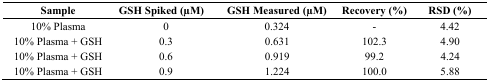
<table><thead><tr><td><b>Sample</b></td><td><b>GSH Spiked (μM)</b></td><td><b>GSH Measured (μM)</b></td><td><b>Recovery (%)</b></td><td><b>RSD (%)</b></td></tr></thead><tbody><tr><td>10% Plasma</td><td>0</td><td>0.324</td><td>-</td><td>4.42</td></tr><tr><td>10% Plasma + GSH</td><td>0.3</td><td>0.631</td><td>102.3</td><td>4.90</td></tr><tr><td>10% Plasma + GSH</td><td>0.6</td><td>0.919</td><td>99.2</td><td>4.24</td></tr><tr><td>10% Plasma + GSH</td><td>0.9</td><td>1.224</td><td>100.0</td><td>5.88</td></tr></tbody></table>